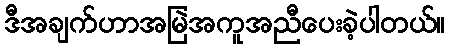
ဒီအချက်ဟာအမြဲအကူအညီပေးခဲ့ပါတယ်။